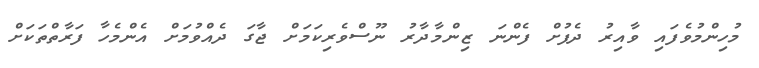
މުހިންމުވެފައި ވާއިރު ދެފުށް ފެންނަ ޒިންމާދާރު ނޫސްވެރިކަމަށް ޖާގަ ދެއްވުމަށް އެންމެހާ ފަރާތްތަކަށް